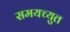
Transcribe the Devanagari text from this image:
समयच्युत